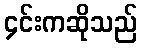
၄င်းကဆိုသည်